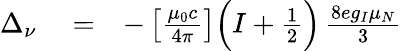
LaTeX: \begin{array}{rlr}{\Delta_{\nu}}&{{}=}&{-\left[\frac{\mu_{0}c}{4\pi}\right]\Big(I+\frac{1}{2}\Big)\, \frac{8eg_{I}\mu_{N}}{3}}\end{array}